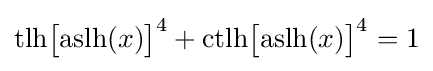
{\text{tlh}}{\bigl [}{\text{aslh}}(x){\bigr ]}^{4}+{\text{ctlh}}{\bigl [}{\text{aslh}}(x){\bigr ]}^{4}=1